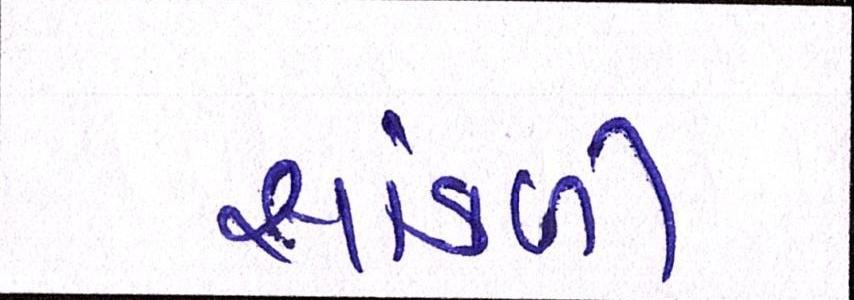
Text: સાંકળી